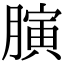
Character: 𦟘